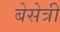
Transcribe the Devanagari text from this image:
बेसेत्री